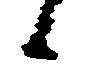
候